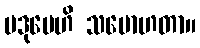
ပဒုမေဟိ သမောဟတာ။